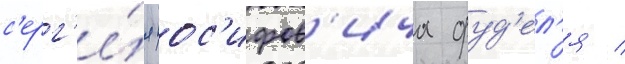
с'ерг'е́я иос'ифов'ича фуд'ел'я /